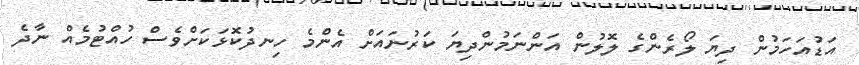
އަޑުއަހަމުން ދިޔަ ލޯރެންގެ ލޮލުން އަންނަމުންދިޔަ ކަރުނައަށް އެންމެ ހިނދުކޮޅަކަށްވެސް ހުއްޓުމެއް ނާދެ